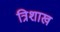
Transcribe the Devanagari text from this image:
त्रिशाख